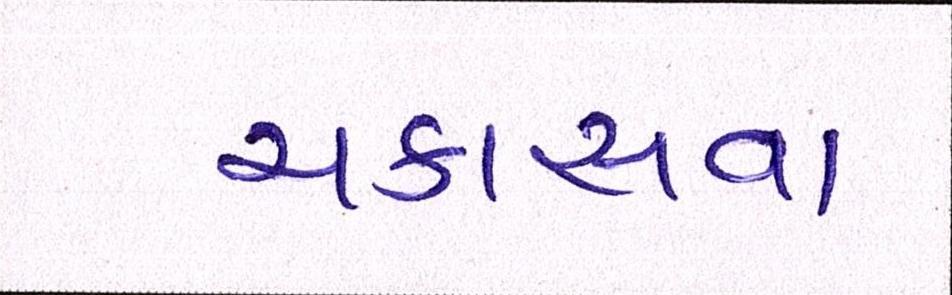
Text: ચકાસવા